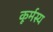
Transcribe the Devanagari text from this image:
कूर्मस्य